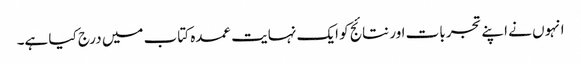
انہوں نے اپنے تجربات اور نتائج کو ایک نہایت عمدہ کتاب میں درج کیا ہے۔